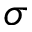
\sigma